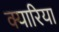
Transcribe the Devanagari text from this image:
क्यारिया